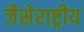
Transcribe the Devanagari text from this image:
जैसेराष्ट्रीय